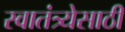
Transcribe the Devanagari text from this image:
स्वातंत्र्येसाठी